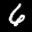
Label: 6